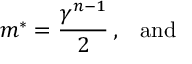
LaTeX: m \sp { * } = { \frac { \gamma \sp { n - 1 } } { 2 } } \, , \; \; \; \mathrm { a n d }